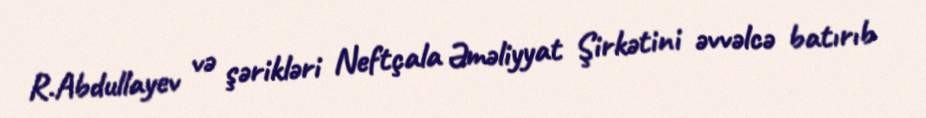
R.Abdullayev və şərikləri Neftçala Əməliyyat Şirkətini əvvəlcə batırıb